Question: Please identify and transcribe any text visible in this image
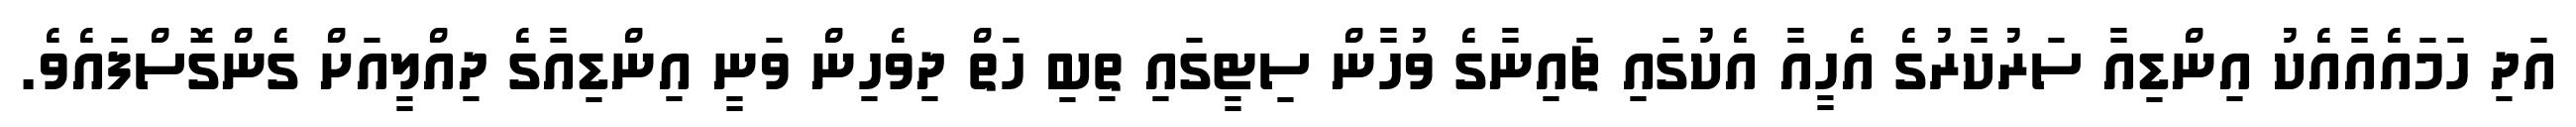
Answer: އަދި ހަމައެއާއެކު އިންޑިއާ ސަރުކާރުގެ އެހީއާ އެކުގައި ޗައިނާގެ ވުހާން ސިޓީގައި ތިބި ހަތް ދިވެހިން ވަނީ އިންޑިއާގެ ދިއްލީއަށް ގެންގޮސްފައެވެ.